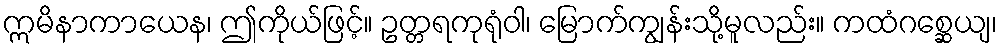
ဣမိနာကာယေန၊ ဤကိုယ်ဖြင့်။ ဥတ္တရကုရုံဝါ၊ မြောက်ကျွန်းသို့မူလည်း။ ကထံဂစ္ဆေယျ၊